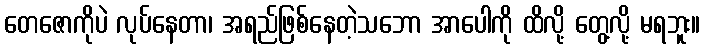
တေဇောကိုပဲ လုပ်နေတာ၊ အရည်ဖြစ်နေတဲ့သဘော အာပေါကို ထိလို့ တွေ့လို့ မရဘူး။